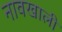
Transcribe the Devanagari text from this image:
नावखाली